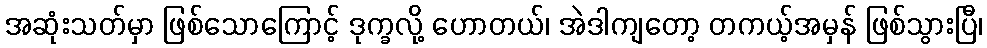
အဆုံးသတ်မှာ ဖြစ်သောကြောင့် ဒုက္ခလို့ ဟောတယ်၊ အဲဒါကျတော့ တကယ့်အမှန် ဖြစ်သွားပြီ၊